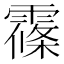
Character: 𲊅